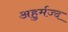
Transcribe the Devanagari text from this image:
अहुर्मज्द